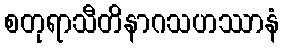
စတုရာသီတိနာဂသဟဿာနံ